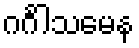
ဂင်္ဂါသမေန